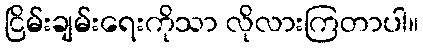
ငြိမ်းချမ်းရေးကိုသာ လိုလားကြတာပါ။